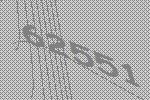
62551